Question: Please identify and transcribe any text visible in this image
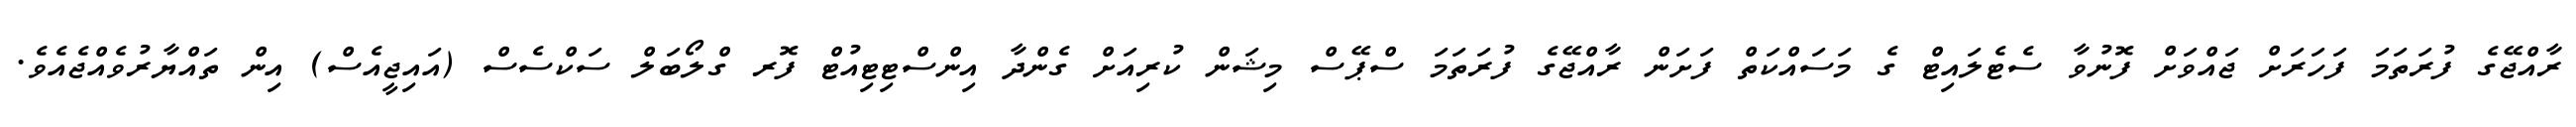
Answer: ރާއްޖޭގެ ފުރަތަމަ ފަހަރަށް ޖައްވަށް ފޮނުވާ ސެޓެލައިޓް ގެ މަސައްކަތް ފަށަން ރާއްޖޭގެ ފުރަތަމަ ސްޕޭސް މިޝަން ކުރިއަށް ގެންދާ އިންސްޓިޓިއުޓް ފޮރ ގްލޯބަލް ސަކްސެސް (އައިޖީއެސް) އިން ތައްޔާރުވެއްޖެއެވެ.